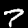
Label: 7